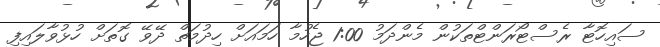
ސައިހޮޓާ ރެސްޓޯރަންޓްތަކުން މެންދަމު 1:00 ޖެހުމާ ހަމައަށް ހިދުމަތް ދޭވޭ ގޮތަށް ހުޅުވާލައިިފި